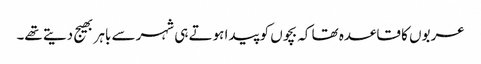
عربوں کا قاعدہ تھا کہ بچوں کو پیدا ہوتے ہی شہر سے باہر بھیج دیتے تھے۔